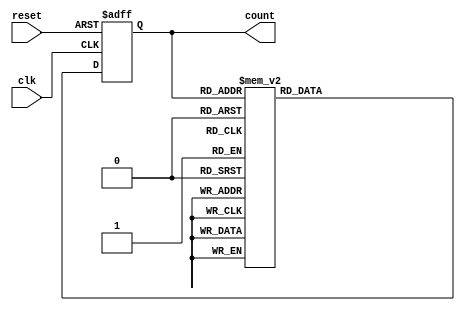
module decade_ring_counter (
    input wire clk,       // Clock input
    input wire reset,     // Reset input
    output reg [3:0] count // 4-bit output to represent the current state
);

    // Always block triggered on the rising edge of the clock or reset
    always @(posedge clk or posedge reset) begin
        if (reset) begin
            // Reset the counter to initial state 0000
            count <= 4'b0000; 
        end else begin
            // Decade ring counter state transitions
            case (count)
                4'b0000: count <= 4'b0001;
                4'b0001: count <= 4'b0010;
                4'b0010: count <= 4'b0011;
                4'b0011: count <= 4'b0100;
                4'b0100: count <= 4'b0101;
                4'b0101: count <= 4'b0110;
                4'b0110: count <= 4'b0111;
                4'b0111: count <= 4'b1000;
                4'b1000: count <= 4'b1001;
                4'b1001: count <= 4'b0000; // Wrap around
                default: count <= 4'b0000; // Safety net for undefined states
            endcase
        end
    end

endmodule